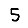
Digit: 5